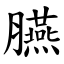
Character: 臙